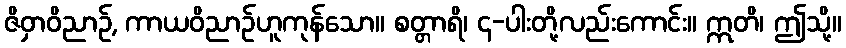
ဇိဝှာဝိညာဉ်, ကာယဝိညာဉ်ဟူကုန်သော။ စတ္တာရိ၊ ၄-ပါးတို့လည်းကောင်း။ ဣတိ၊ ဤသို့။